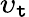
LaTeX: \upsilon_{\mathtt{t}}